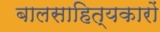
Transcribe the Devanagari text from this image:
बालसाहित्‍यकारों